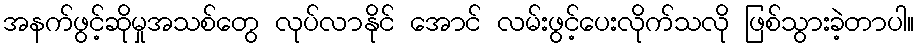
အနက်ဖွင့်ဆိုမှုအသစ်တွေ လုပ်လာနိုင် အောင် လမ်းဖွင့်ပေးလိုက်သလို ဖြစ်သွားခဲ့တာပါ။